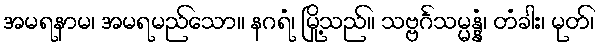
အမရနာမ၊ အမရမည်သော။ နဂရံ၊ မြို့သည်။ သဗ္ဗင်္ဂသမ္မန္နံ၊ တံခါး၊ မုတ်၊